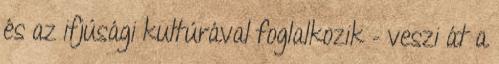
és az ifjúsági kultúrával foglalkozik – veszi át a